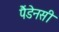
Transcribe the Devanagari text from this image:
पैंडेनसी